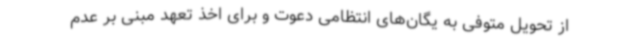
از تحویل متوفی به یگان‌های انتظامی دعوت و برای اخذ تعهد مبنی بر عدم